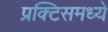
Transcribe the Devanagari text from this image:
प्रक्टिसमध्ये